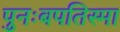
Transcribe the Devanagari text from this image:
पुनःबपतिस्मा